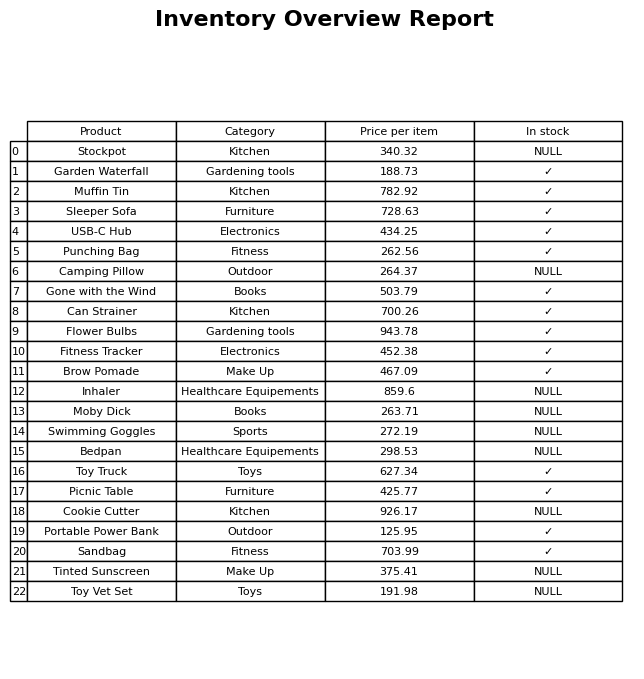
question: What is the price of the Sleeper Sofa?
answer: The price of Sleeper Sofa is 728.63.